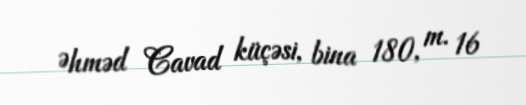
Əhməd Cavad küçəsi, bina 180, m. 16